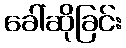
ခေါ်ဆိုခြင်း